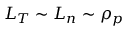
L _ { T } \sim L _ { n } \sim \rho _ { p }